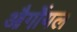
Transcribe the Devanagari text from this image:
और्गोयल